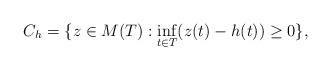
LaTeX: \begin{align*}C_h=\{ z \in M(T): \inf_{t \in T}(z(t) -h(t)) \ge 0\}, \end{align*}